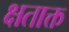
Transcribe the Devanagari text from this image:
क्षताक्त